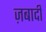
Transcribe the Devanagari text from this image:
ज़बादी